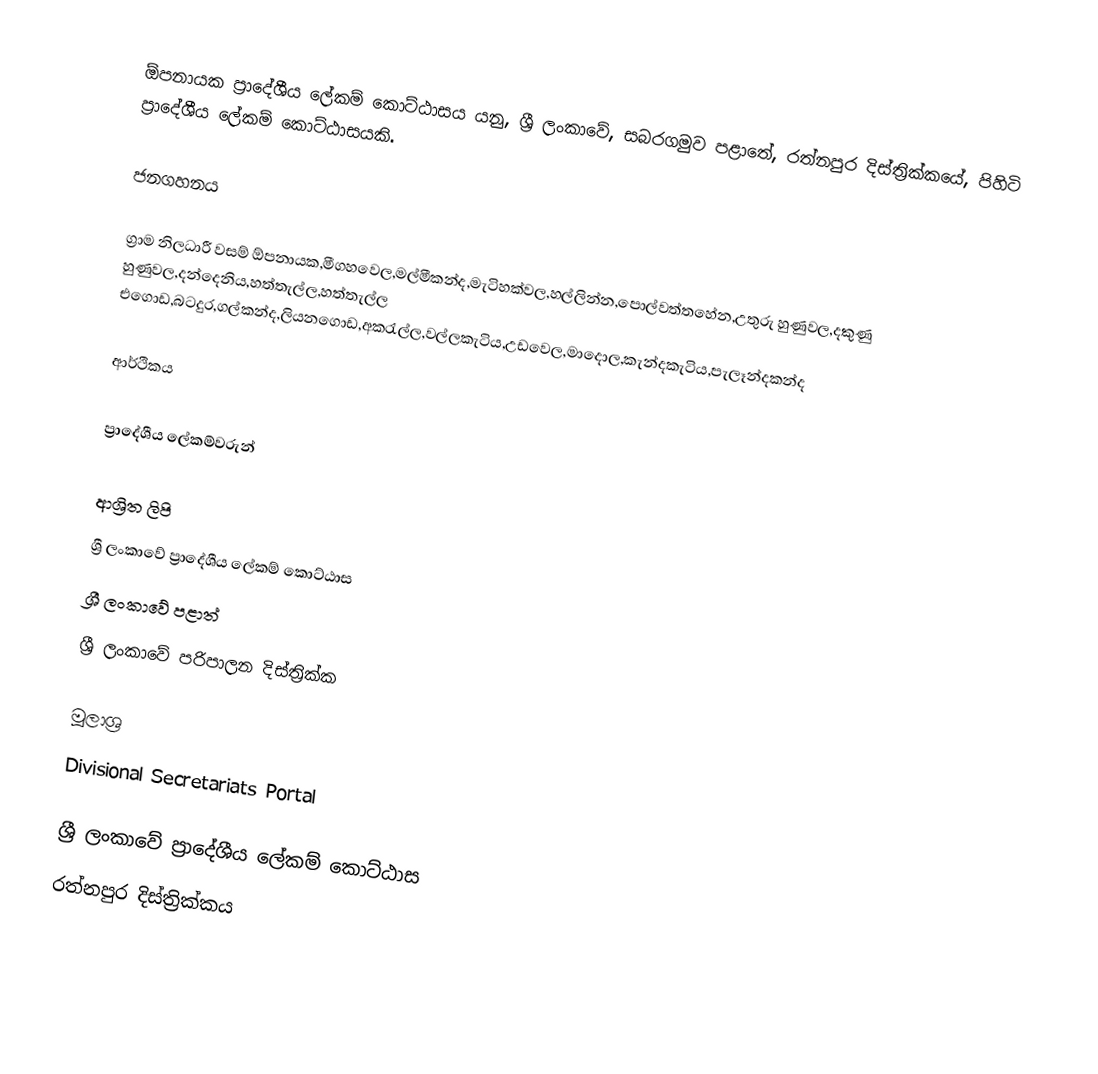
ඕපනායක ප්‍රාදේශීය ලේකම් කොට්ඨාසය යනු,  ශ්‍රී ලංකාවේ, සබරගමුව පළාතේ,   රත්නපුර දිස්ත්‍රික්කයේ, පිහිටි ප්‍රාදේශීය ලේකම් කොට්ඨාසයකි.

ජනගහනය

ග්‍රාම නිලධාරී වසම්  ඕපනායක,මීගහවෙල,මල්මීකන්ද,මැටිහක්වල,හල්ලින්න,පොල්වත්තහේන,උතුරු හුණුවල,දකුණු හුණුවල,දන්දෙනිය,හත්තැල්ල,හත්තැල්ල එගොඩ,බටදුර,ගල්කන්ද,ලියනගොඩ,අකරැල්ල,වල්ලකැටිය,උඩවෙල,මාදොල,කැන්දකැටිය,පැලෑන්දකන්ද

ආර්ථිකය

ප්‍රාදේශීය ලේකම්වරුන්

ආශ්‍රිත ලිපි
ශ්‍රී ලංකාවේ ප්‍රාදේශීය ලේකම් කොට්ඨාස
ශ්‍රී ලංකාවේ පළාත්
ශ්‍රී ලංකාවේ පරිපාලන දිස්ත්‍රික්ක

මූලාශ්‍ර
 Divisional Secretariats Portal

ශ්‍රී ලංකාවේ ප්‍රාදේශීය ලේකම් කොට්ඨාස
රත්නපුර  දිස්ත්‍රික්කය